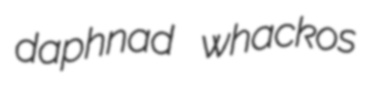
daphnad whackos